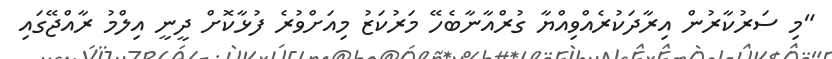
"މި ސަރުކާރުން އިރާދަކުރެއްވިއްޔާ ގުރްއާނާބެހޭ މަރުކަޒު މިއަށްވުރެ ފުޅާކޮށް ދީނީ އިލްމު ރާއްޖޭގައި